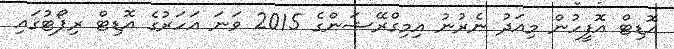
އޮޑިޓް އޮފީހުން މިއަދު ނެރުނު އިމިގްރޭޝަންގެ 2015 ވަނަ އަހަރުގެ އޮޑިޓް ރިޕޯޓުގައި